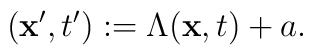
({\bf x}' ,t') := \Lambda ({\bf x} ,t ) + a .